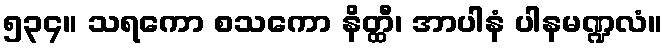
၅၃၄။ သရကော စသကော နိတ္ထီ၊ အာပါနံ ပါနမဏ္ဍလံ။